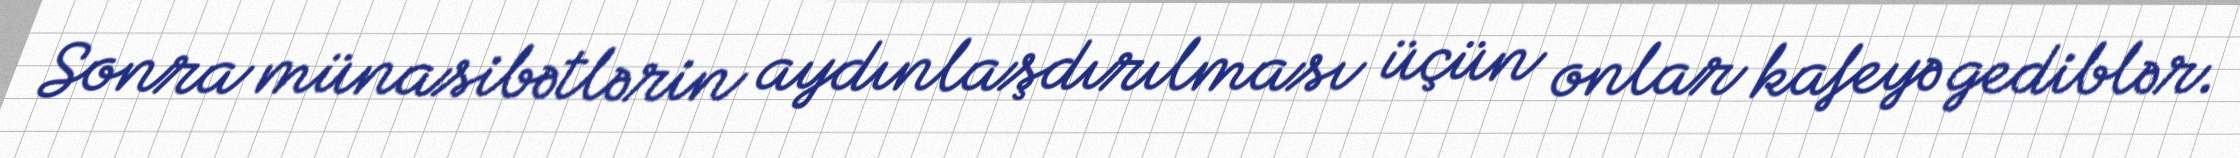
Sonra münasibətlərin aydınlaşdırılması üçün onlar kafeyə gediblər.